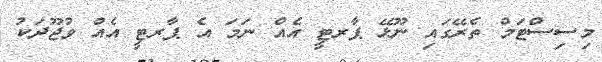
މިސިސްޓަމް ތެރޭގައި ނޫޅޭ ޕާރޓީ އެއް ނަމަ އެ ޕާރޓީ އެއް ވުޖޫދަކު